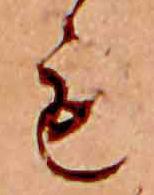
も